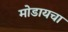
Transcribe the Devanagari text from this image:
मोडायचा